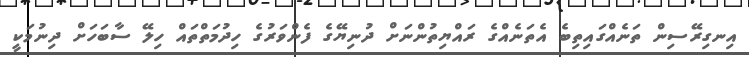
އިނގިރޭސިން ތަނެއްގައިތިބެ އެތަނެއްގެ ރައްޔިތުންނަށް ދުނިޔޭގެ ފެންވަރުގެ ހިދުމަތްތައް ހިލޭ ސާބަހަށް ދިނުމަކީ